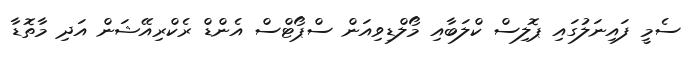
ސެމީ ފައިނަލުގައި ޕޮލިސް ކްލަބާއި މޯލްޑިވިއަން ސްޕޯޓްސް އެންޑް ރެކްރިއޭޝަން އަދި މާތޮޑާ